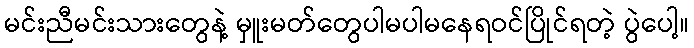
မင်းညီမင်းသားတွေနဲ့ မှူးမတ်တွေပါမပါမနေရဝင်ပြိုင်ရတဲ့ ပွဲပေါ့။